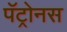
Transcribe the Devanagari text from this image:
पॅट्रोनस